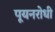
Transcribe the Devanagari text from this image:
पूयनरोधी